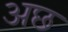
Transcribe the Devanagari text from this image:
अछ